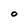
Character: o